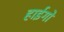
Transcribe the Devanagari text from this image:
हाईगो